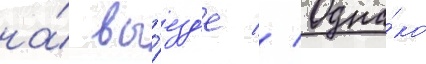
на́ вы́езд'е // Одна́ко